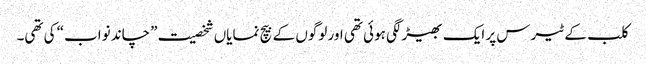
کلب کے ٹیرس پر ایک بھیڑ لگی ہوئی تھی اور لوگوں کے بیچ نمایاں شخصیت ”چاند نواب“ کی تھی۔